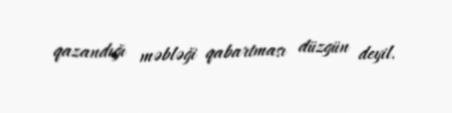
qazandığı məbləği qabartması düzgün deyil.